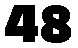
48